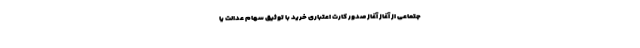
جتماعی از آغاز آغاز صدور کارت اعتباری خرید با توثیق سهام عدالت یا